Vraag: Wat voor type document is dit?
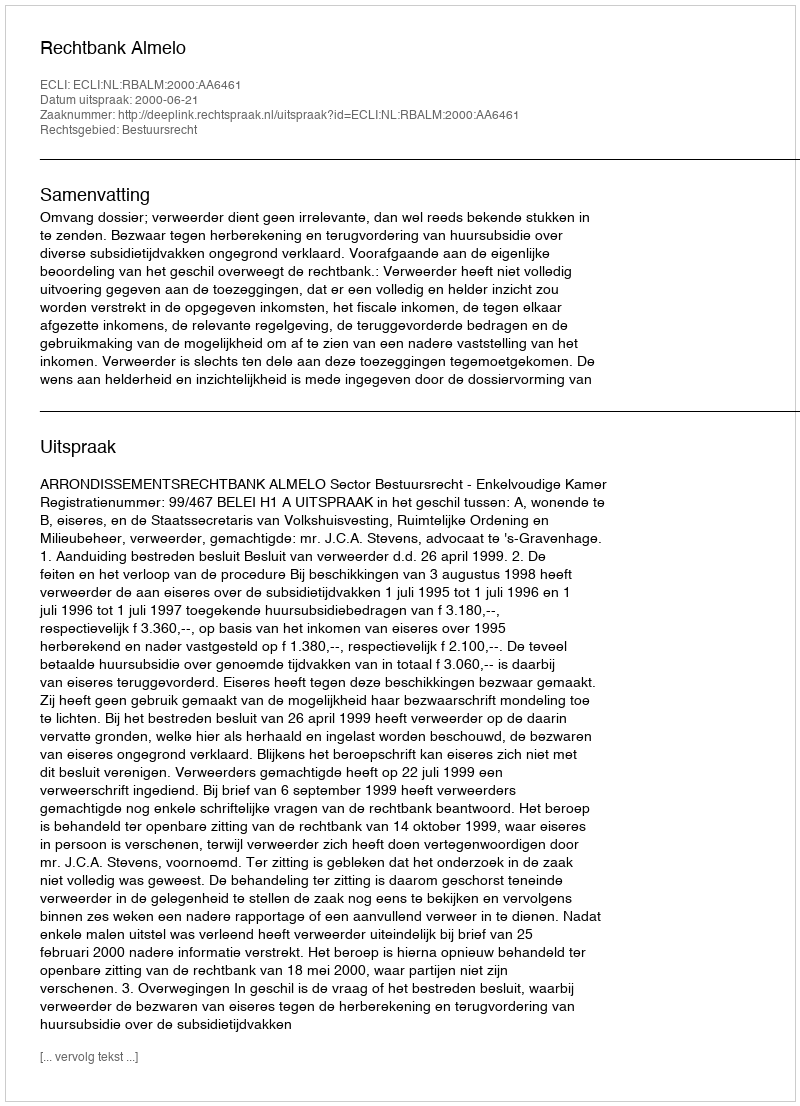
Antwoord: Uitspraak